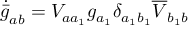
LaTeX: \dot { \bar { g } } _ { a b } = V _ { a a _ { 1 } } g _ { a _ { 1 } } \delta _ { a _ { 1 } b _ { 1 } } \overline { { { V } } } _ { b _ { 1 } b }